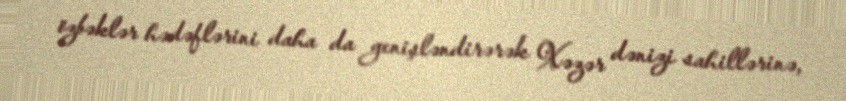
özbəklər hədəflərini daha da genişləndirərək Xəzər dənizi sahillərinə,